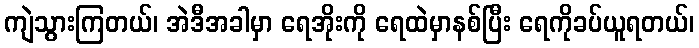
ကျဲသွားကြတယ်၊ အဲဒီအခါမှာ ရေအိုးကို ရေထဲမှာနစ်ပြီး ရေကိုခပ်ယူရတယ်၊